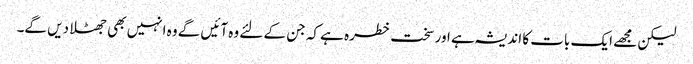
لیکن مجھے ایک بات کا اندیشہ ہے اور سخت خطرہ ہے کہ جن کے لئے وہ آئیں گے وہ انہیں بھی جھٹلا دیں گے۔